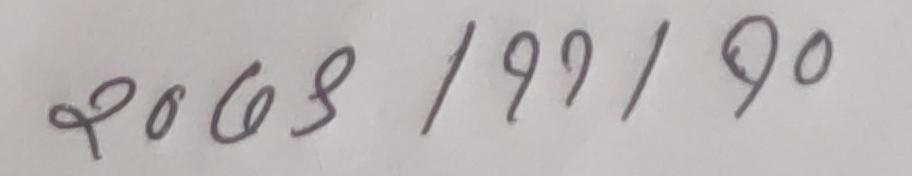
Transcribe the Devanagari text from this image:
२००४/१९९१/९०